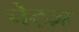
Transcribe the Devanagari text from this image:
चेट्ज़